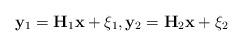
LaTeX: \begin{align*}{\rm {\bf y}}_1 ={\rm {\bf H}}_1 {\rm {\bf x}}+{\rm {\bf \xi }}_1 , {\rm {\bf y}}_2 ={\rm {\bf H}}_2 {\rm {\bf x}}+{\rm {\bf \xi }}_2\end{align*}